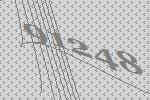
91248